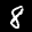
Label: 8